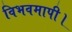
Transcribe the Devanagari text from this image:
विभवमापी।